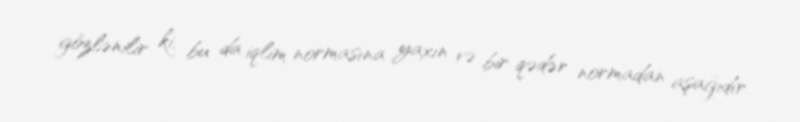
gözlənilir ki, bu da iqlim normasına yaxın və bir qədər normadan aşağıdır.